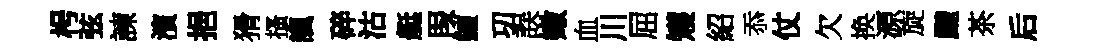
枵弦諫濱挹猾搔諷碎沽艇叚鱣㓛誤嫩血川屈矱紹忝仗欠换源旋颼茶后